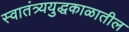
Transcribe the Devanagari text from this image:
स्वातंत्र्ययुद्धकाळातील